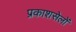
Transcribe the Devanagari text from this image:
प्रकाशसेलों